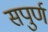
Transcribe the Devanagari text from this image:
सपुर्ण